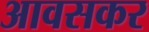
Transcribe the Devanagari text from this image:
आवसकर